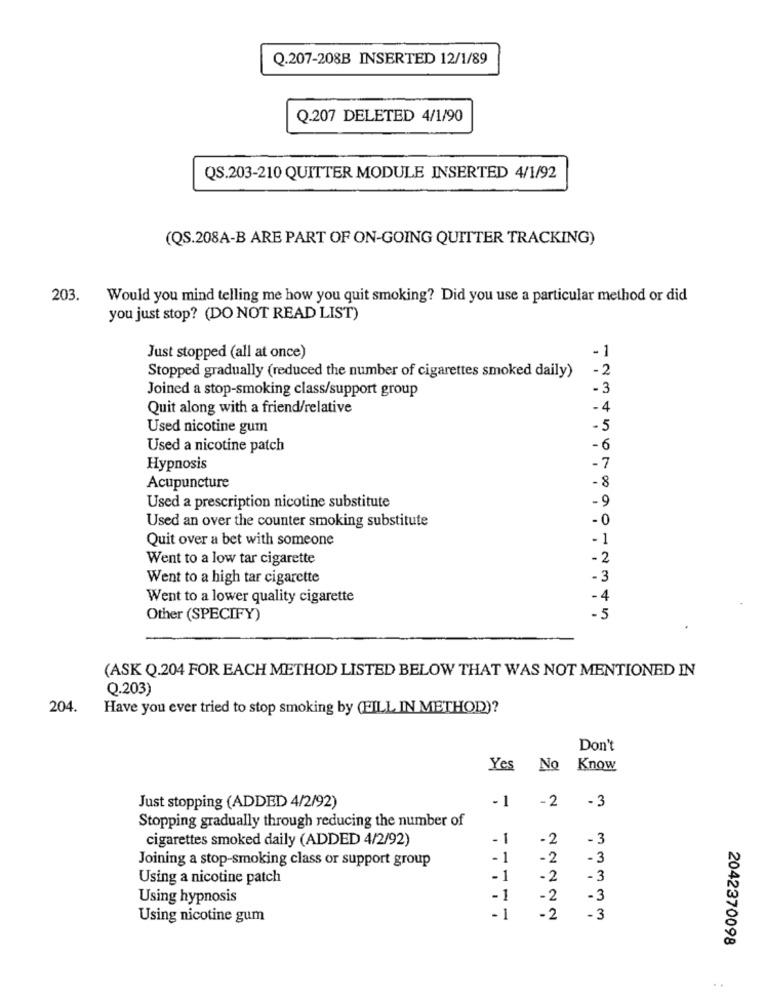
Q.207-208B INSERTED 12/1/89
Q.207 DELETED 4/1/90
QS.203-210 QUITTER MODULE INSERTED 4/1/92
(QS.208A-B ARE PART OF ON-GOING QUITTER TRACKING)
203.
Would you mind telling me how you quit smoking? Did you use a particular method or did
you just stop? (DO NOT READ LIST)
. 1
Just stopped (all at once)
-2
Stopped gradually (reduced the number of cigarettes smoked daily)
Joined a stop-smoking class/support group
-3
Quit along with a friend/relative
- 4
Used nicotine gum
-5
Used a nicotine patch
-6
. 7
Hypnosis
-8
Acupuncture
- 9
Used a prescription nicotine substitute
Used an over the counter smoking substitute
-0
Quit over a bet with someone
-1
Went to a low tar cigarette
-2
Went to a high tar cigarette
-3
Went to a lower quality cigarette
-4
Other (SPECIFY)
-5
(ASK Q.204 FOR EACH METHOD LISTED BELOW THAT WAS NOT MENTIONED IN
Q.203)
204.
Have you ever tried to stop smoking by (FILL IN METHOD)?
Don't
Yes No
Know
-1
Just stopping (ADDED 4/2/92)
-2
- 3
Stopping gradually through reducing the number of
cigarettes smoked daily (ADDED 4/2/92)
- 1
-2
-3
- 1
-2
-3
Joining a stop-smoking class or support group
Using a nicotine patch
- 1
-2
-3
Using hypnosis
-1
-2
-3
Using nicotine gum
-1
-2
-3
2042370098
..